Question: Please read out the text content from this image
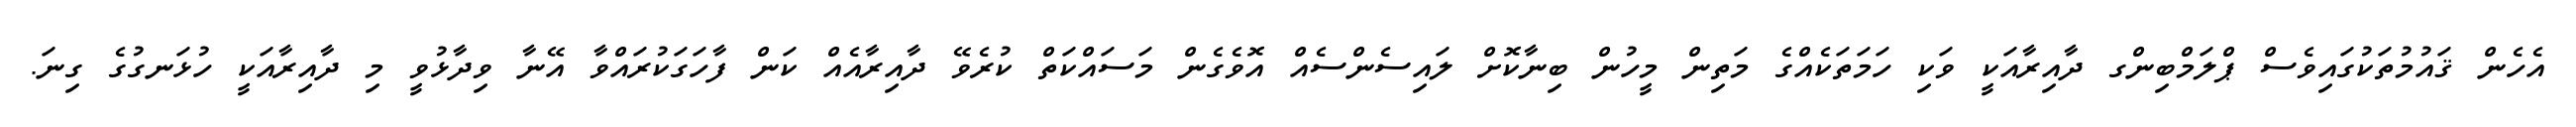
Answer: އެހެން ޤައުމުތަކުގައިވެސް ޕްލަމްބިންގ ދާއިރާއަކީ ވަކި ހަމަތަކެއްގެ މަތިން މީހުން ބިނާކޮށް ލައިސެންސެއް އޮވެގެން މަސައްކަތް ކުރެވޭ ދާއިރާއެއް ކަން ފާހަގަކުރައްވާ އޭނާ ވިދާޅުވީ މި ދާއިރާއަކީ ހުޅަނގުގެ ގިނަ.